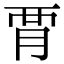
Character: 𧟩